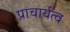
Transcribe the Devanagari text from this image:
प्राचार्यत्व